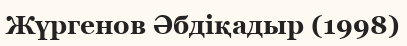
Жүргенов Әбдіқадыр (1998)